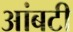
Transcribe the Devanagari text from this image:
आंबटी